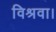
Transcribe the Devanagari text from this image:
विश्रवा।